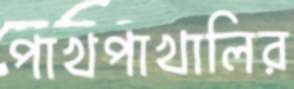
পাখপাখালির